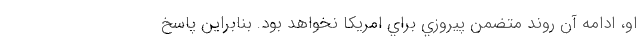
او، ادامه آن روند متضمن پيروزي براي امريكا نخواهد بود. بنابراين پاسخ